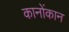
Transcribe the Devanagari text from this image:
कानोंकान